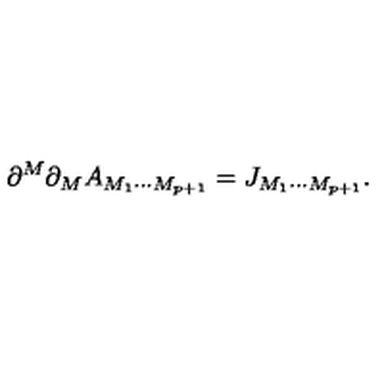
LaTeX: \partial ^ { M } \partial _ { M } A _ { M _ { 1 } \cdots M _ { p + 1 } } = J _ { M _ { 1 } \cdots M _ { p + 1 } } .